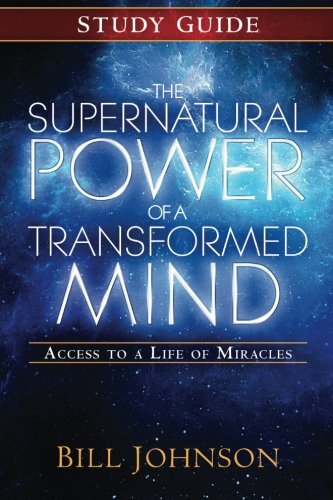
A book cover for The Supernatural Power of a Transformed Mind Study Guide: Access to a Life of Miracles; Bill Johnson; Christian Books & Bibles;